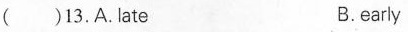
( )13.A.late B.early